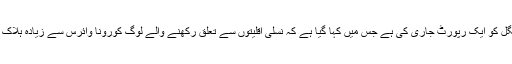
بی بی سی کے مطابق انگلینڈ کی صحت عامہ کی ایجنسی نے منگل کو ایک رپورٹ جاری کی ہے جس میں کہا گیا ہے کہ نسلی اقلیتوں سے تعلق رکھنے والے لوگ کورونا وائرس سے زیادہ ہلاک ہو رہے ہیں تاہم اس میں یہ واضح نہیں کیا گیا کہ ایسا کیوں ہے؟